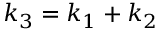
\boldsymbol { k } _ { 3 } = \boldsymbol { k } _ { 1 } + \boldsymbol { k } _ { 2 }